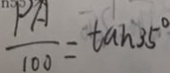
\frac { P A } { 1 0 0 } = \tan 3 5 ^ { \circ }